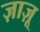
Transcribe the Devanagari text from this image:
ज़ाज़ू